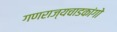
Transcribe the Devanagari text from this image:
गणराज्यचाडकांगो